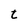
Character: t